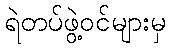
ရဲတပ်ဖွဲ့ဝင်များမှ